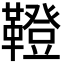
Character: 𩍐